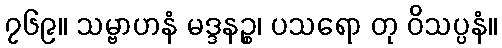
၇၆၉။ သမ္ဗာဟနံ မဒ္ဒနဉ္စ၊ ပသရော တု ဝိသပ္ပနံ။